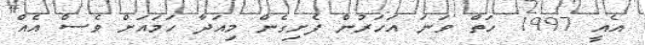
އެއީ 1997 ހަތް ވަނަ އަހަރުން ފެށިގެން މިއަދާ ހަމައަށް ވެސް އެއް